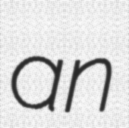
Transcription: an